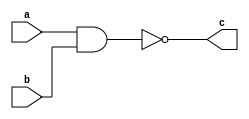
module nand1(c,a,b);
output c; 
input a,b;
assign c =~(a&b);
endmodule